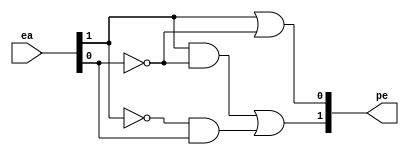
module cc_pe_conta3(
input [1:0] ea,
output [1:0] pe
);

wire not_ea1, not_ea0;
not(not_ea1, ea[1]);
not(not_ea0, ea[0]);

wire buffer1, buffer2;
and(buffer1, ea[1], not_ea0);
and(buffer2, not_ea1, ea[0]);
or(pe[1], buffer1, buffer2);

or(pe[0], ea[1], not_ea0);

endmodule